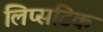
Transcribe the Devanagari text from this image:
लिप्सटिक